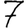
Digit: 7